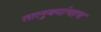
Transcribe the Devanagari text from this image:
तालुक्यांचाच